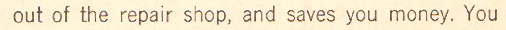
out of the repair shop, and saves you money, You